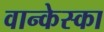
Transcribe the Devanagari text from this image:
वान्केस्का